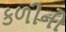
કળીનો